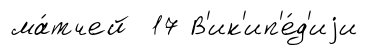
ма́тчей 17 В'ик'ип'е́д'иjи